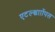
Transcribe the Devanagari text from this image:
एटल्थ्रााोंपस